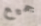
جميع